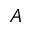
A